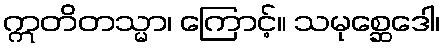
ဣတိတသ္မာ၊ ကြောင့်။ သမုစ္ဆေဒေါ၊